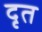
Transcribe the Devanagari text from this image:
दृत